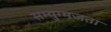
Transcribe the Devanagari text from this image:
सम्युग्मजता